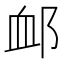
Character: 䘏